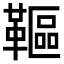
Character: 䩽